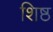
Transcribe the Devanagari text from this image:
शिष्ठ